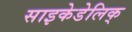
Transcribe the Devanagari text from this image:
साइकेडेलिक्